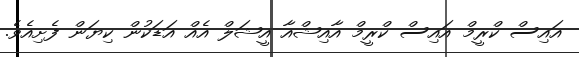
އައިސް ކްރީމް އައިސް ކްރީމް އާއިޝްއާ އީޝަލް އެއް އަޑަކުން ކިޔަން ފެށިއެވެ.